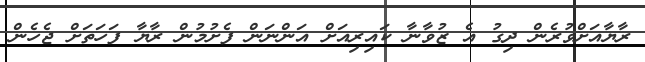
ރާޔާއަށްވުރެން ދިގު އެ ޒުވާނާ ކައިރިއަށް އަންނަން ފެށުމުން ރާޔާ ފަހަތަށް ޖެހެން